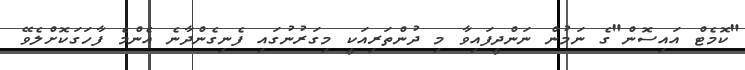
"ކޮމެޓް އައިސޮން"ގެ ނަމުން ނަންދީފައިވާ މި ދުންތަރިއަކީ މިގަރުނުގައި ފެނިގެންދާނެ އެންމެ ފާހަގަކޮށްލެވޭ